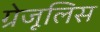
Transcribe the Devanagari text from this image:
ग्रेजूलिस